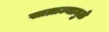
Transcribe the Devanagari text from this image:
साम्राज्यामुळे